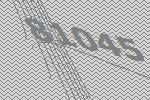
81045